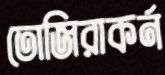
তোজিরাকর্ন